Report of the Indian Hemp Drugs Commission, 1894-1895 - Volume V
Year: 1894
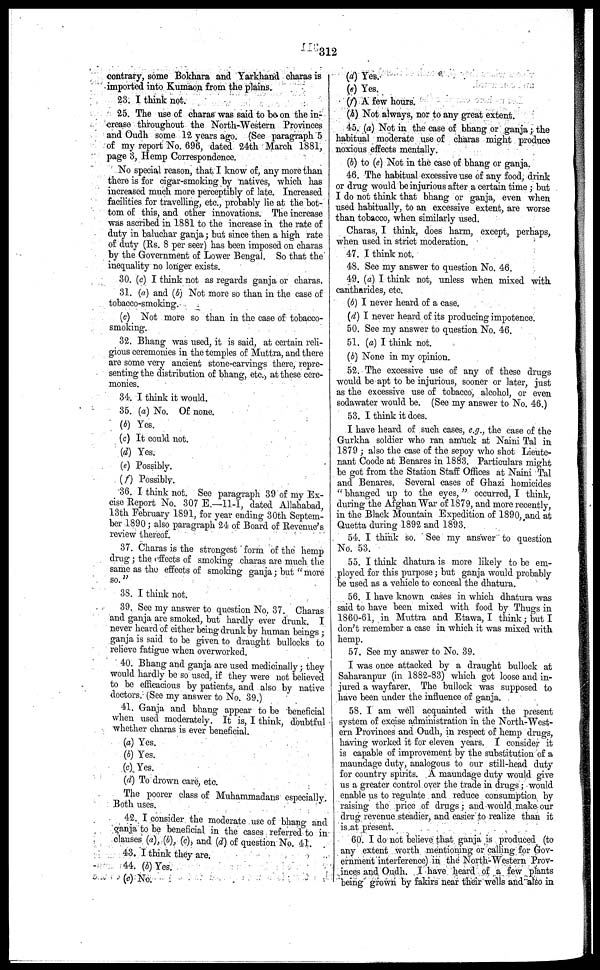
312
contrary, some Bokhara and Yarkhand charas is
imported into Kumaon from the plains.
23. I think not.
25. The use of charas was said to be on the in-
crease throughout the North-Western Provinces
and Oudh some 12 years ago. (See paragraph 5
of my report No. 696, dated 24th March 1881,
page 3, Hemp Correspondence.
No special reason, that. I know of, any more than
there is for cigar-smoking by natives, which has
increased much more perceptibly of late. Increased
facilities for travelling, etc., probably lie at the bot-
tom of this, and other innovations. The increase
was ascribed in 1881 to the increase in the rate of
duty in baluchar ganja; but since then a high rate
of duty (Rs. 8 per seer) has been imposed on charas
by the Government of Lower Bengal. So that the
inequality no longer exists.
30. (c) I think not as regards ganja or charas.
31. (a) and (b) Not more so than in the case of
tobacco-smoking.
(c) Not more so than in the case of tobacco-
smoking.
32. Bhang was used, it is said, at certain reli-
gious ceremonies in the temples of Muttra, and there
are some very ancient stone-carvings there, repre-
senting the distribution of bhang, etc., at these cere-
monies.
34. I think it would.
35. (a) No. Of none.
(b) Yes.
(c) It could not.
(d) Yes.
(e) Possibly.
(f) Possibly.
36. I think not. See paragraph 39 of my Ex-
cise Report No. 307 E.—11-1, dated Allahabad,
13th February 1891, for year ending 30th Septem-
ber 1890; also paragraph 21 of Board of Revenue's
renew thereof.
37. Charas is the strongest form of the hemp
drug; the effects of smoking charas arc much the
same as the effects of smoking ganja; but "more
so."
33. I think not.
39. See my answer to question No. 37. Charas
and ganja are smoked, but hardly ever drunk. I
never heard of either being drunk by human beings;
ganja is said to be given to draught bullocks to
relieve fatigue when overworked.
40. Bhang and ganja are used medicinally; they
would hardly be so used, if they were not believed
to be efficacious by patients, and also by native
doctors. (See my answer to No. 39.)
41. Ganja and bhang appear to be beneficial
when used moderately. It is, I think, doubtful
whether charas is ever beneficial.
(a) Yes.
(b) Yes.
(c) Yes.
(d) To drown care, etc.
The poorer class of Muhammadans especially.
Both uses.
42. I consider the moderate use of bhang and
ganja to be beneficial in the cases referred to in
clauses (a), (b), (c), and (d) of question No. 41.
43. I think they are.
44. (b) Yes.
(c) No.
(d) Yes.
(e) Yes.
(f) A few hours.
(h) Not always, nor to any great extent.
45. (a) Not in the case of bhang or ganja; the
habitual moderate use of charas might produce
noxious effects mentally.
(b) to (e) Not in the case of bhang or ganja.
46. The habitual excessive use of any food, drink
or drug would be injurious after a certain time; but
I do not think that bhang or ganja, even when
used habitually, to an excessive extent, are worse
than tobacco, when similarly used.
Charas, I think, does harm, except, perhaps,
when used in strict moderation.
47. I think not.
4S. See my answer to question No. 46.
49. (a) I think not, unless when mixed with
cantharides, etc.
(b) I never heard of a case.
(d) I never heard of its producing impotence.
50. See my answer to question No. 46.
51. (a) I think not.
(b) None in my opinion.
52. The excessive use of any of these drugs
would be apt to be injurious, sooner or later, just
as the excessive use of tobacco, alcohol, or even
sodawater would be. (See my answer to No. 46.)
53. I think it does.
I have heard of such cases, e.g., the case of the
Gurkha soldier who ran amuck at Naini Tal in
1879; also the case of the sepoy who shot Lieute-
nant Coode at Benares in 1883. Particulars might
be got from the Station Staff Offices at Naini Tal
and Benares. Several cases of Ghazi homicides
"bhanged up to the eyes," occurred, I think,
during the Afghan War of 1879, and more recently,
in the Black Mountain Expedition of 1890, and at
Quetta during 1892 and 1893.
54. I think so. See my answer to question
No. 53.
55. I think dhatura is more likely to be em-
ployed for this purpose; but ganja would probably
be used as a vehicle to conceal the dhatura.
56. I have known cases in which dhatura was
said to have been mixed with food by Thugs in
1860-61, in Muttra and Etawa, I think; but I
don't remember a case in which it was mixed with
hemp.
57. See my answer to No. 39.
I was once attacked by a draught bullock at
Saharanpur (in 1882-83) which got loose and in-
jured a wayfarer. The bullock was supposed to
have been under the influence of ganja.
58. I am well acquainted with the present
system of excise administration in the North-West-
ern Provinces and Oudh, in respect of hemp drugs,
having worked it for eleven years. I consider it
is capable of improvement by the substitution of a
maundago duty, analogous to our still-head duty
for country spirits. A maundage duty would give
us a greater control over the trade in drugs; would
enable us to regulate and reduce consumption by
raising the price of drugs; and would make our
drug revenue steadier, and easier to realize than it
is at present.
60. I do not believe that ganja is produced (to
any extent worth mentioning or calling for Gov-
ernment interference) in the North-Western Prov-
inces and Oudh. I have heard of a few plants
being grown by fakirs near their wells and also in